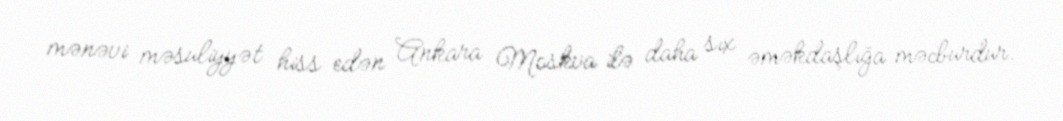
mənəvi məsuliyyət hiss edən Ankara Moskva ilə daha sıx əməkdaşlığa məcburdur.